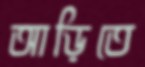
আড়িতে